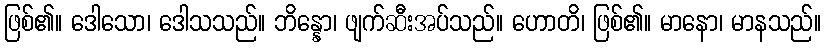
ဖြစ်၏။ ဒေါသော၊ ဒေါသသည်။ ဘိန္နော၊ ဖျက်ဆီးအပ်သည်။ ဟောတိ၊ ဖြစ်၏။ မာနော၊ မာနသည်။